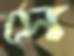
সে